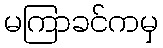
မကြာခင်ကမှ